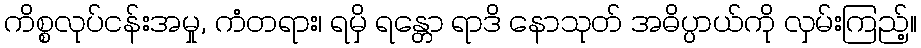
ကိစ္စလုပ်ငန်းအမှု, ကံတရား၊ ရမှိ ရန္တော ရာဒိ နောသုတ် အဓိပ္ပာယ်ကို လှမ်းကြည့်။